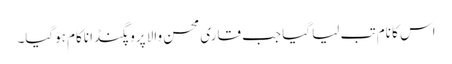
اس کا نام تب لیا گیا جب قاری محسن والا پروپگنڈا ناکام ہوگیا۔